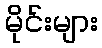
မိုင်းများ